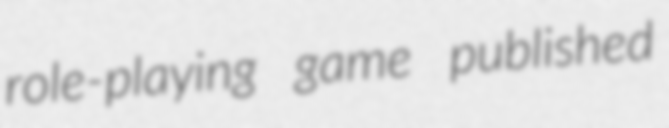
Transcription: role-playing game published